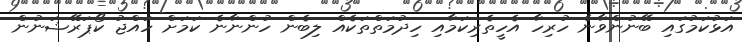
އަޅުކަމުގައި ބޭނުންވާނެ ހުރިހާ އެހީތެރިކަމާއި ހިދުމަތްތަކެއް ލިބެން ހުންނާނެ ކަމަށް ހައްޖު ކޯޕަރޭޝަނުން